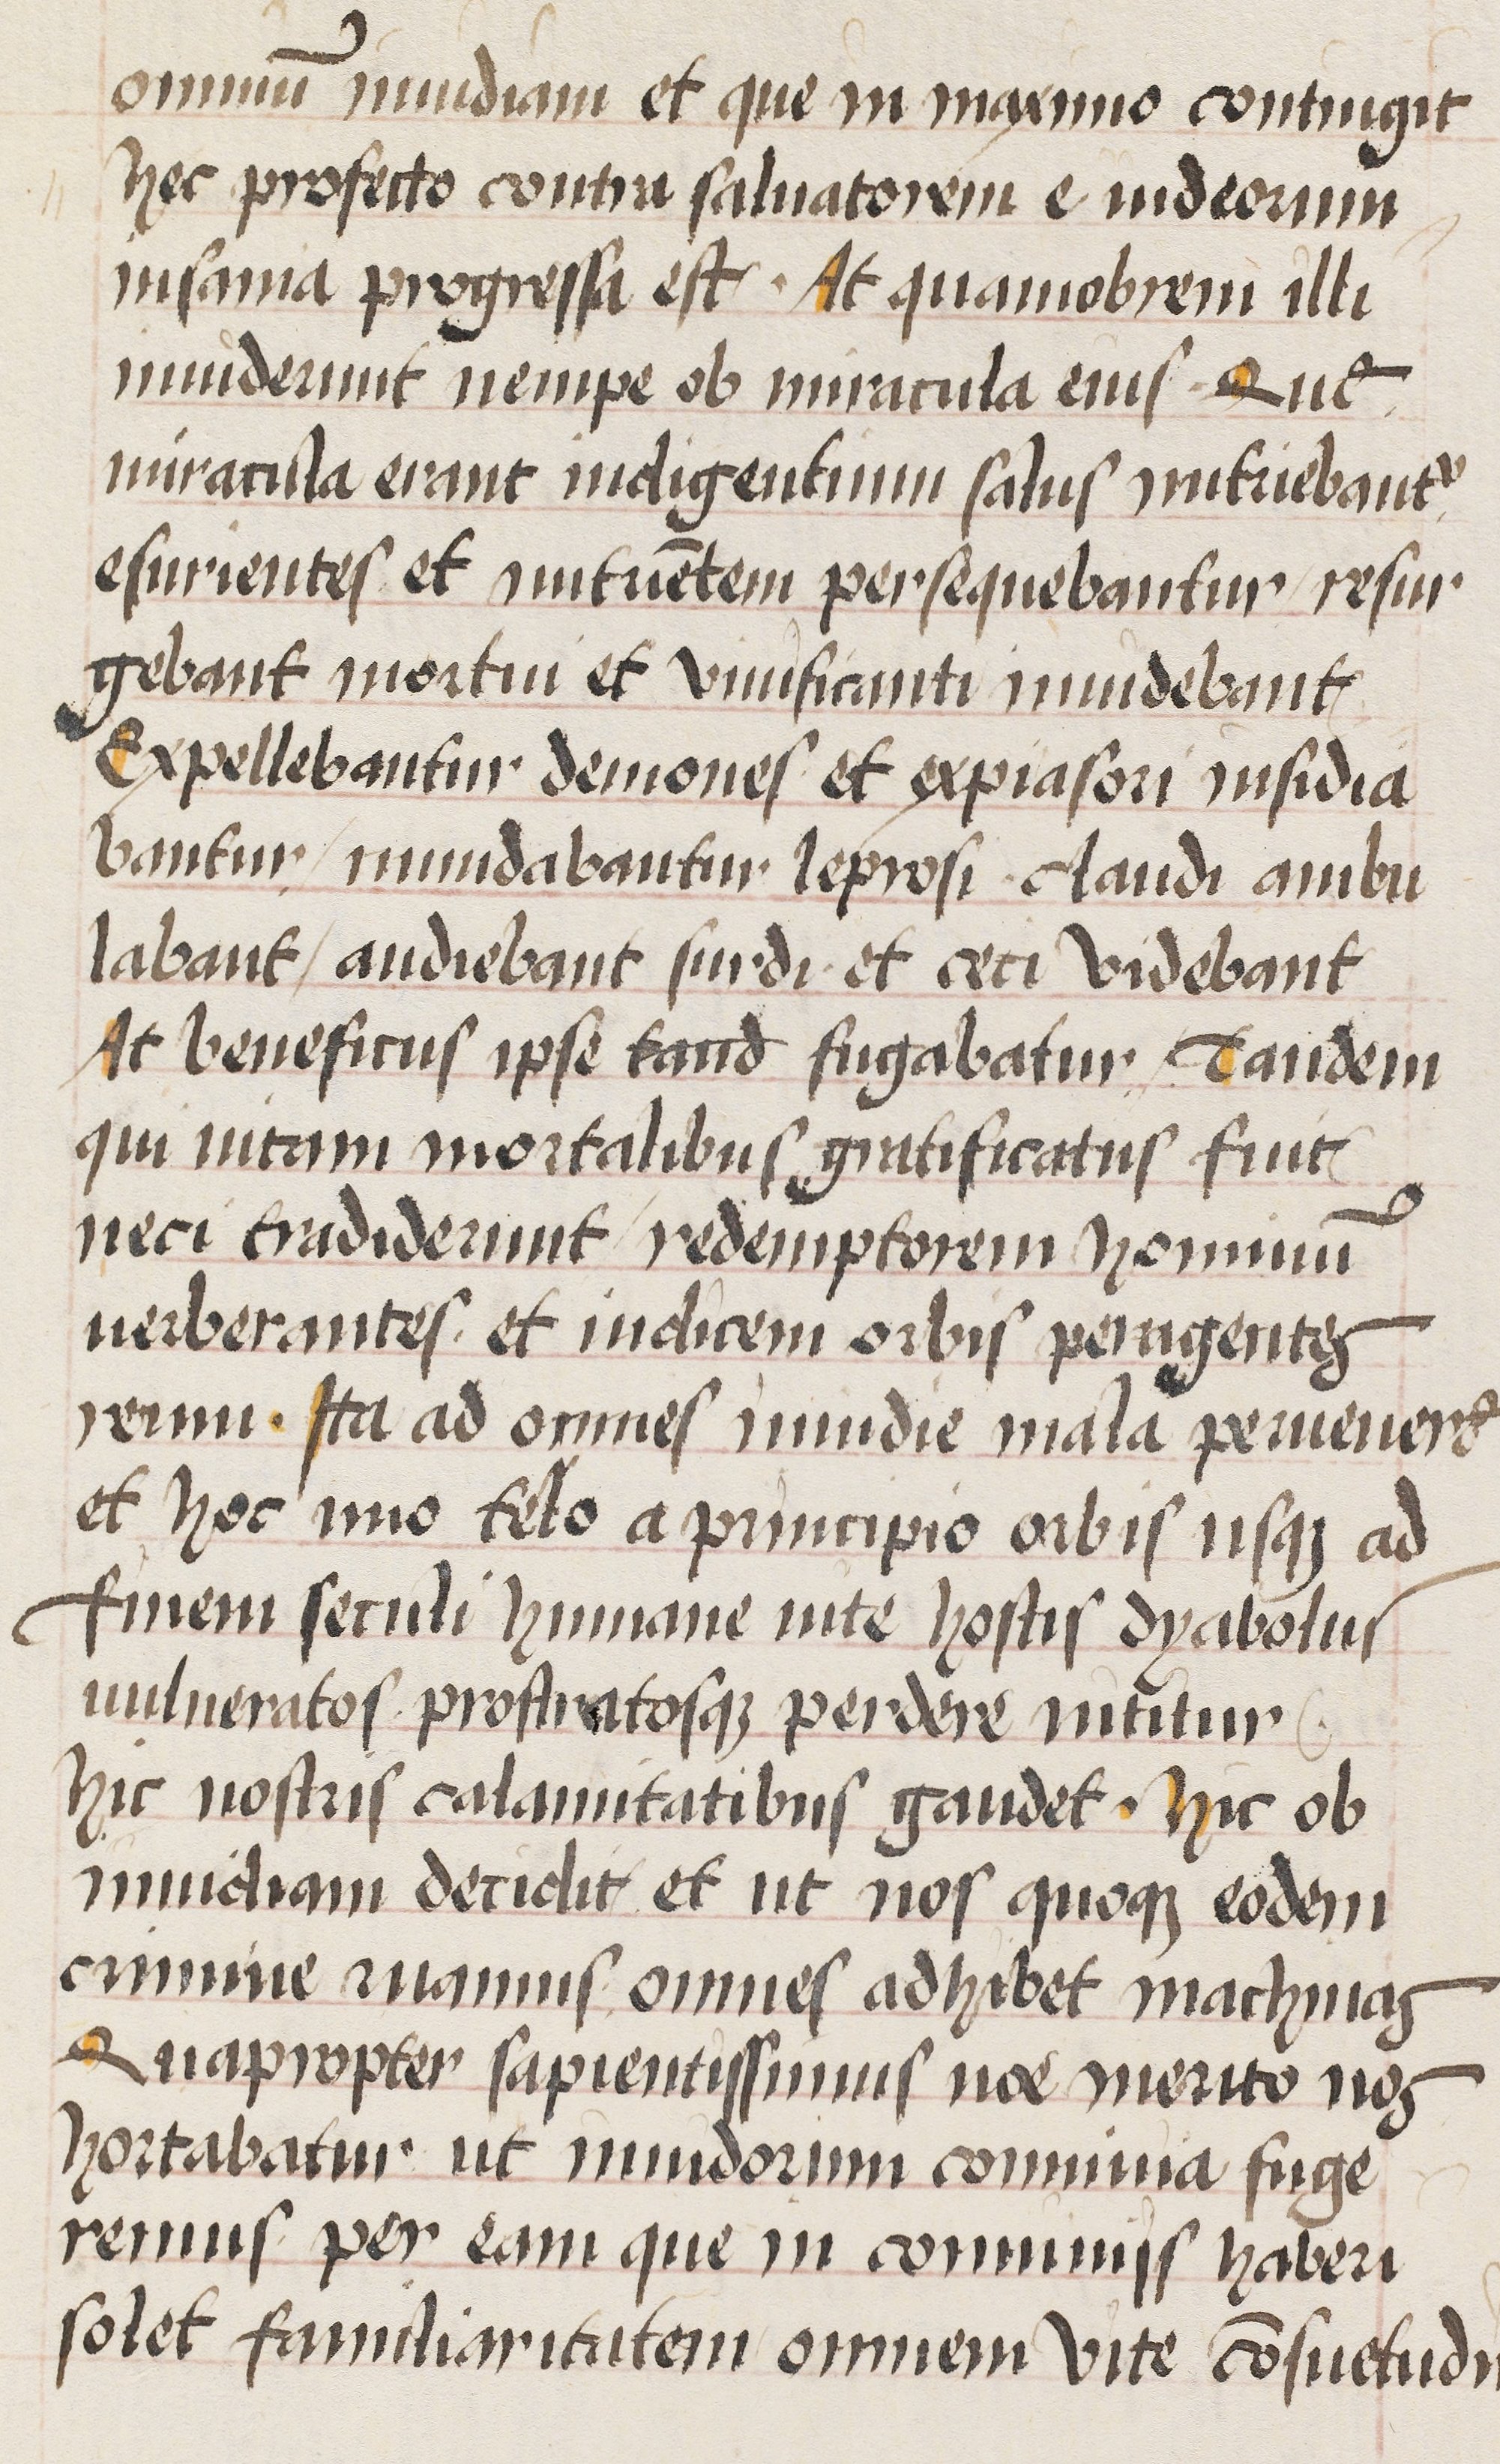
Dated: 1470–1488